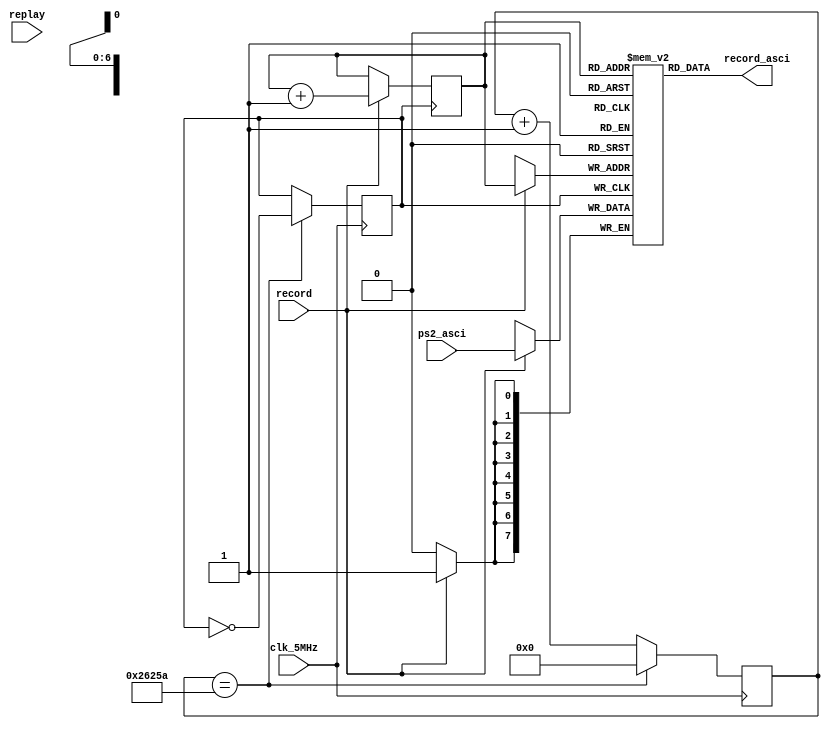
`timescale 1ns / 1ps
//////////////////////////////////////////////////////////////////////////////////
// Company: 
// Engineer: 
// 
// Design Name: 
// Module Name:    recordmode 
// Project Name: 
// Target Devices: 
// Tool versions: 
// Description: 
//
// Dependencies: 
//
// Revision: 
// Revision 0.01 - File Created
// Additional Comments: 
//
//////////////////////////////////////////////////////////////////////////////////
module recordmode(clk_5MHz, record, replay, ps2_asci, record_asci);
input clk_5MHz;                 	//
input record;							//
input replay;							//
input [7:0] ps2_asci;				//asciii
output reg [7:0] record_asci;		//replay1

reg [25:0] count_for_16Hz;			//
reg clk_16Hz;

reg [7:0] mem [127:0]; 				//
reg [6:0] count;						//

//16Hz
always@(posedge clk_5MHz)
begin
	if(count_for_16Hz==156250)
		begin
			count_for_16Hz <= 26'd0;
			clk_16Hz <= ~clk_16Hz;
		end
	else
		begin
			count_for_16Hz <= count_for_16Hz + 26'b1;
		end
end

//record1mem
always@(posedge clk_16Hz)
begin
	if(record == 1'b1)
	begin
		count <= count + 7'b1;
		mem[count] <= ps2_asci;
	end
end

//
always@(count)
begin
	record_asci <= mem[count];
end
endmodule